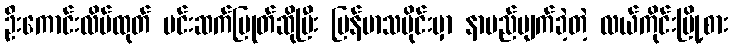
ဦးကောင်းလိမ်ထုတ် မင်းဆက်ပြုတ်ဆိုပြီး မြန်မာသမိုင်းမှာ နာမည်ပျက်ခဲ့တဲ့ လယ်ကိုင်းမြို့စား